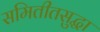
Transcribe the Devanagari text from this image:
समितीतसुद्धा